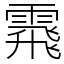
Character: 䬠